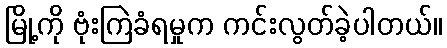
မြို့ကို ဗုံးကြဲခံရမှုက ကင်းလွတ်ခဲ့ပါတယ်။